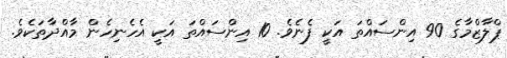
ޕްލާޒްމާގެ 90 އިންސައްތަ އަކީ ފެނެވެ. 10 އިންސައްތަ އަކީ އެހެނިހެން މާއްދާތަކެވެ.